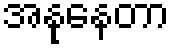
အနုနေတာ